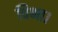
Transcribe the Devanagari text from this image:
विभा।